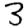
Digit: 3